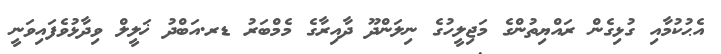
އެޙުކުމާއި ގުޅިގެން ރައްޔިތުންގެ މަޖިލީހުގެ ނިލަންދޫ ދާއިރާގެ މެމްބަރު ޑރ.އަބްދު ޚަލީލް ވިދާޅުވެފައިވަނީ